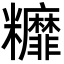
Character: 䊳